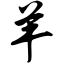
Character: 羊